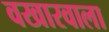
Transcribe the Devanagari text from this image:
वखारवाला